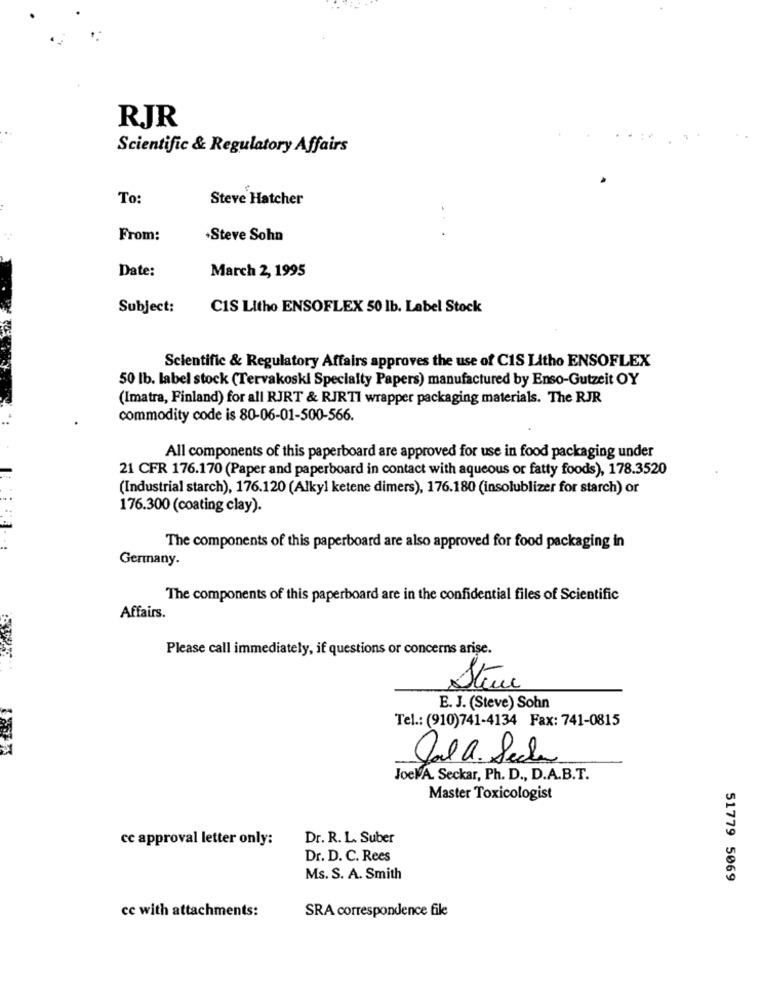
RJR
Scientific & Regulatory Affairs
To:
Steve Hatcher
. .
From:
·Steve Sohn
Date:
March 2, 1995
Subject:
CIS Litho ENSOFLEX 50 lb. Label Stock
Scientific & Regulatory Affairs approves the use of CIS Litho ENSOFLEX
50 lb. label stock (Tervakoski Specialty Papers) manufactured by Enso-Gutzeit OY
(Imatra, Finland) for all RJRT & RJRTI wrapper packaging materials. The RJR
commodity code is 80-06-01-500-566.
All components of this paperboard are approved for use in food packaging under
21 CFR 176.170 (Paper and paperboard in contact with aqueous or fatty foods), 178.3520
(Industrial starch), 176.120 (Alkyl ketene dimers), 176.180 (insolublizer for starch) or
176.300 (coating clay).
The components of this paperboard are also approved for food packaging in
Germany.
The components of this paperboard are in the confidential files of Scientific
Affairs.
Please call immediately, if questions or concerns arise.
Steve
E. J. (Steve) Sohn
Tel .: (910)741-4134 Fax: 741-0815
Sala. Seche
Joel A. Seckar, Ph. D ., D.A.B.T.
Master Toxicologist
cc approval letter only:
Dr. R. L. Suber
Dr. D. C. Rees
Ms. S. A. Smith
51779 5069
cc with attachments:
SRA correspondence file